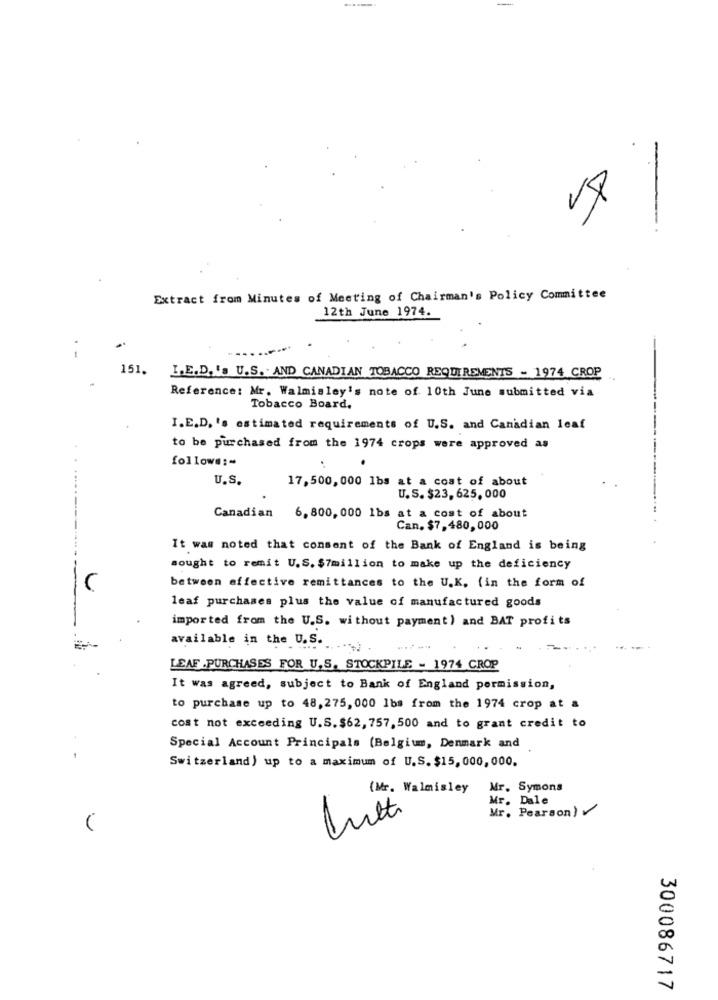
-
Extract from Minutes of Meeting of Chairman's Policy Committee
12th June 1974.
151.
I.E.D. 'a U.S. . AND CANADIAN TOBACCO REQUIREMENTS - 1974 CROP
Reference: Mr. Walmisley's note of 10th June submitted via
Tobacco Board.
I.E.D. 's estimated requirements of U.S. and Canadian leaf
to be purchased from the 1974 crops were approved as
follows :-
U.S.
17,500, 000 1bs at a cost of about
U.S. $23, 625, 000
Canadian 6,800, 000 1bs at a cost of about
Can. $7,480, 000
It was noted that consent of the Bank of England is being
sought to remit U.S. $7million to make up the deficiency
between effective remittances to the U.K. (in the form of
leaf purchases plus the value of manufactured goods
imported from the U.S. without payment) and BAT profits
available in the U.S.
LEAF .PURCHASES FOR U.S. STOCKPILE - 1974 CROP
It was agreed, subject to Bank of England permission,
to purchase up to 48,275, 000 1bs from the 1974 crop at a
cost not exceeding U.S. $62, 757, 500 and to grant credit to
Special Account Principals (Belgium, Denmark and
Switzerland) up to a maximum of U.S. $15, 000,000.
(Mr. Walmisley
Mr. Symons
Mr. Dale
Mr. Pearson)
300086717